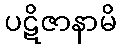
ပဋိဇာနာမိ